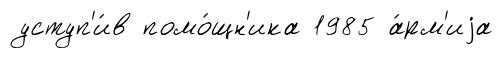
уступ'и́в помо́щн'ика 1985 а́рм'иjа